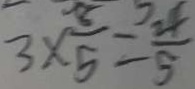
3 \times \frac { 8 } { 5 } = \frac { 2 4 } { 5 }